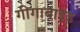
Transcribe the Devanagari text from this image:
गीगाबाइड